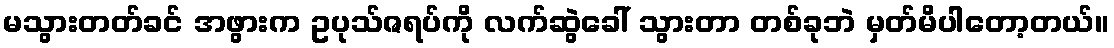
မသွားတတ်ခင် အဖွားက ဥပုသ်ဇရပ်ကို လက်ဆွဲခေါ် သွားတာ တစ်ခုဘဲ မှတ်မိပါတော့တယ်။